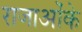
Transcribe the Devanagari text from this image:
राजाओंके